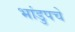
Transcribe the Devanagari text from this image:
भांडुपचे